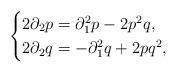
LaTeX: \begin{align*}\begin{cases}2\partial_2p=\partial_1^2p-2p^2q,\\2\partial_2q=-\partial_1^2q+2pq^2,\end{cases}\end{align*}